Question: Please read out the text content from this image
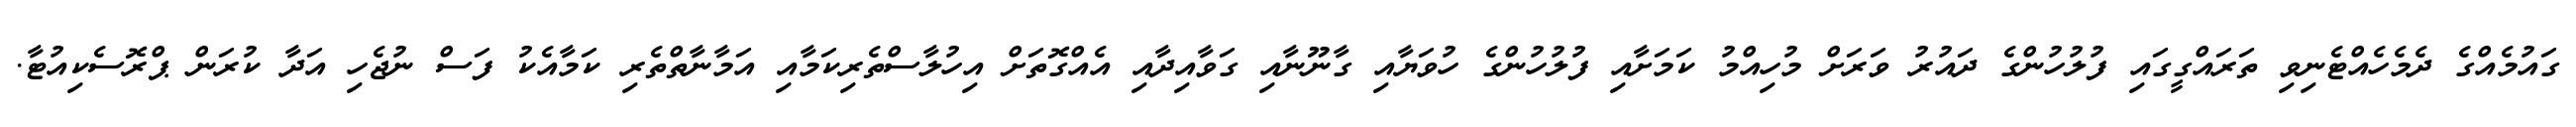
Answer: ގައުމެއްގެ ދެމެހެއްޓެނިވި ތަރައްގީގައި ފުލުހުންގެ ދައުރު ވަރަށް މުހިއްމު ކަމަށާއި ފުލުހުންގެ ހުވަޔާއި ގާނޫނާއި ގަވާއިދާއި އެއްގޮތަށް އިހުލާސްތެރިކަމާއި އަމާނާތްތެރި ކަމާއެކު ފަސް ނުޖެހި އަދާ ކުރަން ޕްރޮސެކިއުޓާ.